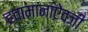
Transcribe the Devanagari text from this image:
हवामानाऐवजी